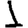
Digit: 1